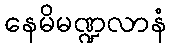
နေမိမဏ္ဍလာနံ